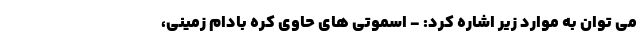
می توان به موارد زیر اشاره کرد: - اسموتی های حاوی کره بادام زمینی،